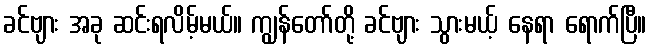
ခင်ဗျား အခု ဆင်းရလိမ့်မယ်။ ကျွန်တော်တို့ ခင်ဗျား သွားမယ့် နေရာ ရောက်ပြီ။